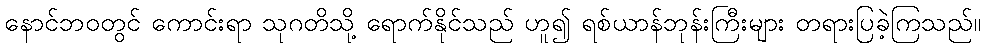
နောင်ဘဝတွင် ကောင်းရာ သုဂတိသို့ ရောက်နိုင်သည် ဟူ၍ ရစ်ယာန်ဘုန်းကြီးများ တရားပြခဲ့ကြသည်။